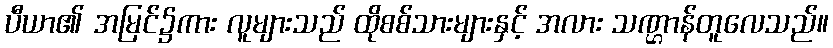
ပီယာ၏ အမြင်၌ကား လူများသည် ထိုစစ်သားများနှင့် အလား သဏ္ဌာန်တူလေသည်။